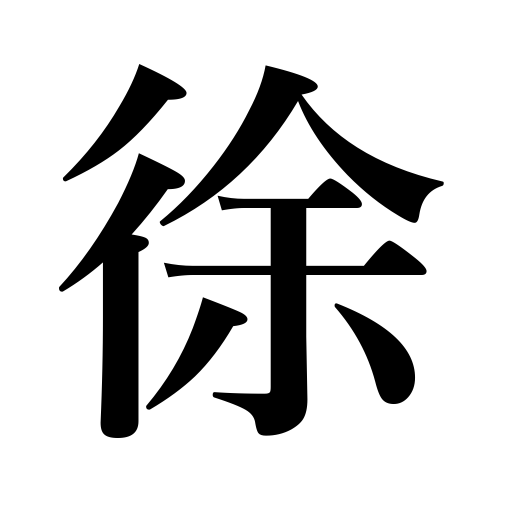
Meanings: gently,deliberately,slowly